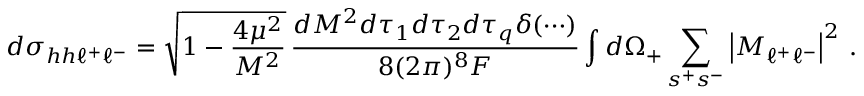
d \sigma _ { h h \ell ^ { + } \ell ^ { - } } = \sqrt { 1 - { \frac { 4 \mu ^ { 2 } } { M ^ { 2 } } } } \, { \frac { d M ^ { 2 } d \tau _ { 1 } d \tau _ { 2 } d \tau _ { q } \delta ( \cdots ) } { 8 ( 2 \pi ) ^ { 8 } F } } \int d \Omega _ { + } \sum _ { s ^ { + } s ^ { - } } \left| { \cal M } _ { \ell ^ { + } \ell ^ { - } } \right| ^ { 2 } \, .